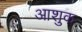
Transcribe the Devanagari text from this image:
आशुक